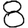
Digit: 8